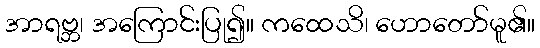
အာရဗ္ဘ၊ အကြောင်းပြု၍။ ကထေသိ၊ ဟောတော်မူ၏။